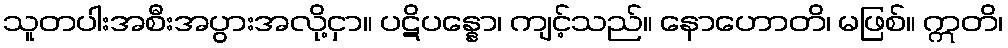
သူတပါးအစီးအပွားအလို့ငှာ။ ပဋိပန္နော၊ ကျင့်သည်။ နောဟောတိ၊ မဖြစ်။ ဣတိ၊